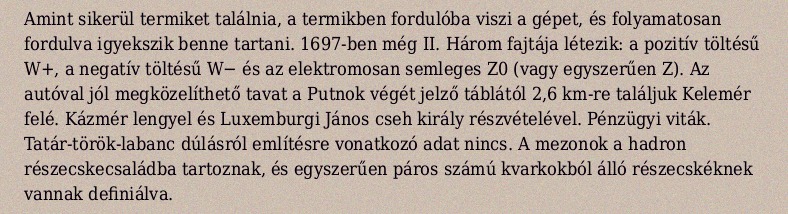
Amint sikerül termiket találnia, a termikben fordulóba viszi a gépet, és folyamatosan fordulva igyekszik benne tartani. 1697-ben még II. Három fajtája létezik: a pozitív töltésű W+, a negatív töltésű W− és az elektromosan semleges Z0 (vagy egyszerűen Z). Az autóval jól megközelíthető tavat a Putnok végét jelző táblától 2,6 km-re találjuk Kelemér felé. Kázmér lengyel és Luxemburgi János cseh király részvételével. Pénzügyi viták. Tatár-török-labanc dúlásról említésre vonatkozó adat nincs. A mezonok a hadron részecskecsaládba tartoznak, és egyszerűen páros számú kvarkokból álló részecskéknek vannak definiálva.